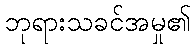
ဘုရားသခင်အမှု၏